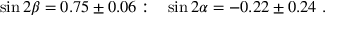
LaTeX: \sin 2 \beta = 0 . 7 5 \pm 0 . 0 6 : ~ ~ \sin 2 \alpha = - 0 . 2 2 \pm 0 . 2 4 ~ .